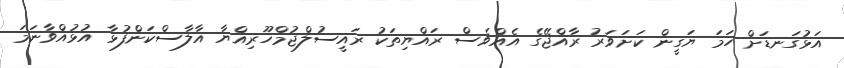
އަޅުގަނޑަށް ހަމަ ޔަގީން ކަށަވަރު ރާއްޖޭގެ އެއްވެސް ރައްޔިތަކު ރައީސުލްޖުމްހޫރިއްޔާ އާލާސްކަންފުޅާ އުޅުއްވާނަމަ